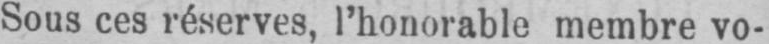
Sous ces réserves, l’honorable membre vo-